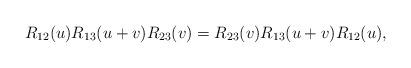
LaTeX: \begin{align*}R_{12}(u) R_{13}(u+v) R_{23}(v) = R_{23}(v) R_{13}(u+v) R_{12}(u),\end{align*}